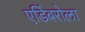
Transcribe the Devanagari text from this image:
एडिंबरोला